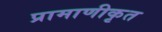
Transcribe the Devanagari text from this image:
प्रामाणीकृत